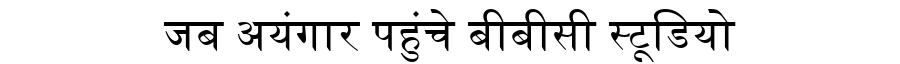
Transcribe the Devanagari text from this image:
जब अयंगार पहुंचे बीबीसी स्टूडियो